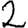
Digit: 2